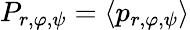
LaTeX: P_{r,\varphi,\psi}=\langle p_{r,\varphi,\psi}\rangle